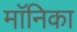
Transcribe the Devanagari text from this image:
माॅनिका